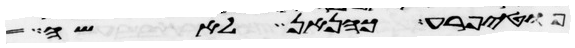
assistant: פוטיפרע כהן אן לאשה